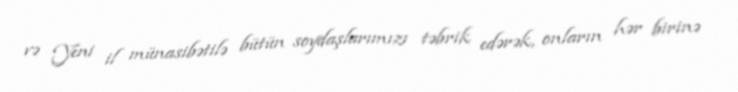
və Yeni il münasibətilə bütün soydaşlarımızı təbrik edərək, onların hər birinə